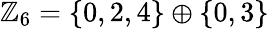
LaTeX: \mathbb{Z}_{6}=\{ 0,2,4\} \oplus\{ 0,3\}